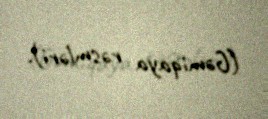
(Gəmiqaya rəsmləri).